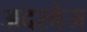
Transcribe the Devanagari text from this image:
अदरवेज